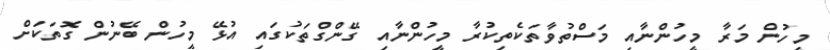
މީހުން މަރާ މީހުންނާއި މަސްތުވާތަކެތިކުރާ މީހުންނާއި ގޭންގްތަކުގައި އުޅޭ މީހުން ބޭނުން ގޮތަކަށް